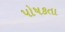
પોષકતા